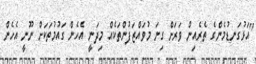
"އަޅުގަނޑުމެންގެ ތެރެއިން ވަރަށް ގިނަ މުވައްޒަފުންތަކެއް މިދަނީ އެހެން ގައުމުތަކަށް ނޫނީ އެހެން